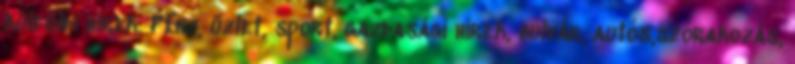
külföldi hírek. Pénz, üzlet, sport, gazdasági hírek, bulvár, autós,szórakozás,